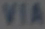
VIA